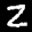
Label: 2